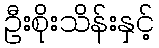
ဦးစိုးသိန်းနှင့်